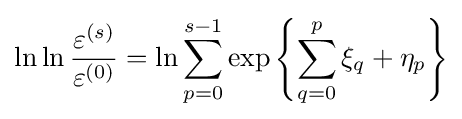
\ln \ln {\frac {\varepsilon ^{(s)}}{\varepsilon ^{(0)}}}=\ln \sum _{p=0}^{s-1}\exp \left\{\sum _{q=0}^{p}\xi _{q}+\eta _{p}\right\}